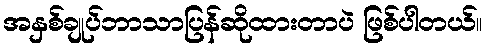
အနှစ်ချုပ်ဘာသာပြန်ဆိုထားတာပဲ ဖြစ်ပါတယ်။